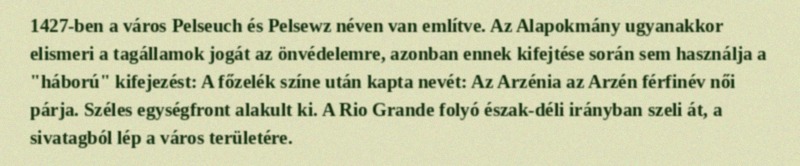
1427-ben a város Pelseuch és Pelsewz néven van említve. Az Alapokmány ugyanakkor elismeri a tagállamok jogát az önvédelemre, azonban ennek kifejtése során sem használja a "háború" kifejezést: A főzelék színe után kapta nevét: Az Arzénia az Arzén férfinév női párja. Széles egységfront alakult ki. A Rio Grande folyó észak-déli irányban szeli át, a sivatagból lép a város területére.